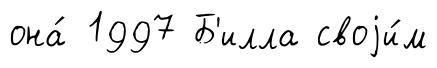
она́ 1997 Б'илла своjи́м